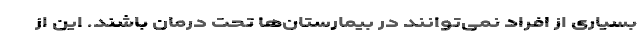
بسیاری از افراد نمی‌توانند در بیمارستان‌ها تحت درمان باشند. این از